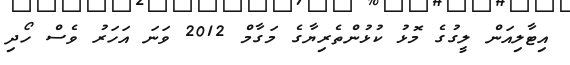
އިޓާލިއަން ލީގުގެ މޮޅު ކުޅުންތެރިޔާގެ މަގާމް 2012 ވަނަ އަހަރު ވެސް ހޯދި